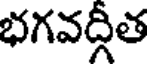
భగవద్గీత